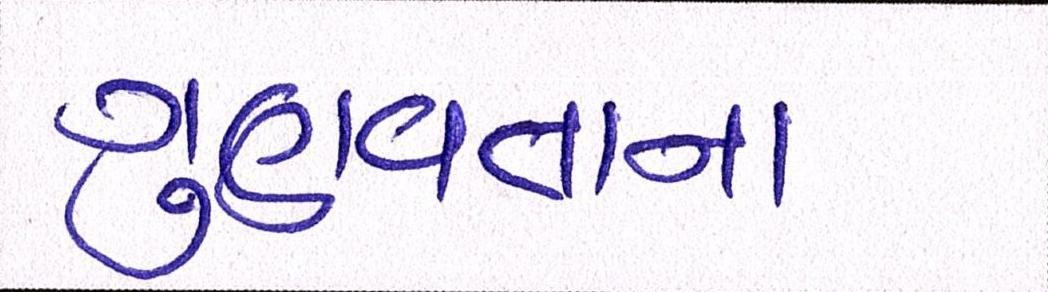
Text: ગુણવત્તાના